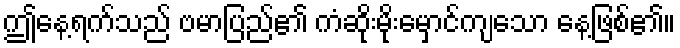
ဤနေ့ရက်သည် ဗမာပြည်၏ ကံဆိုးမိုးမှောင်ကျသော နေ့ဖြစ်၏။